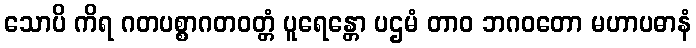
သောပိ ကိရ ဂတပစ္စာဂတဝတ္တံ ပူရေန္တော ပဌမံ တာဝ ဘဂဝတော မဟာပဓာနံ